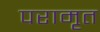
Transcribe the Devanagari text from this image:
परामृत